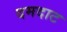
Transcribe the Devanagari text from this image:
दमदाट